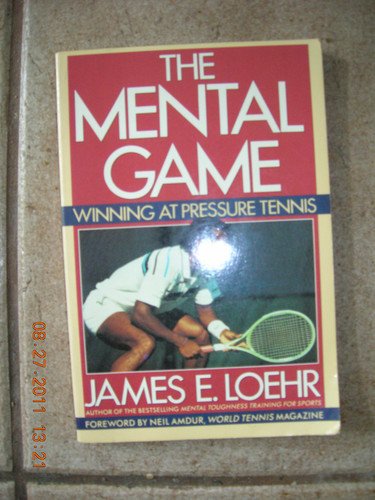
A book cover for The Mental Game; James E. Loehr; Sports & Outdoors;